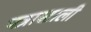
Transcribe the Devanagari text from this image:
पत्राखाली